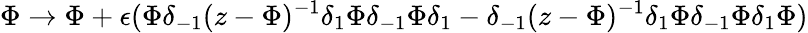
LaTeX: \Phi\rightarrow\Phi+\epsilon(\Phi\delta_{-1}(z-\Phi)^{-1}\delta_{1}\Phi\delta_{-1}\Phi\delta_{1}-\delta_{-1}(z-\Phi)^{-1}\delta_{1}\Phi\delta_{-1}\Phi\delta_{1}\Phi)